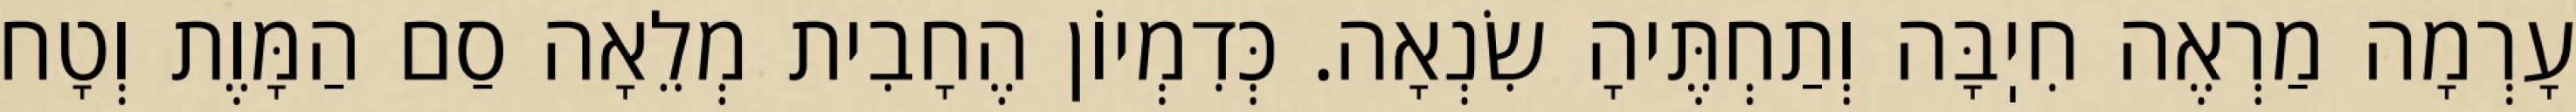
עָרְמָה מַרְאֶה חִיֽבָּה וְתַחְתֶּיהָ שִׂנְאָה. כְּדִמְיוֹן הֶחָבִית מְלֵאָה סַם הַמָּוֶת וְטָח